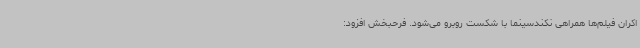
اکران فیلم‌ها همراهی نکندسینما با شکست روبرو می‌شود. فرحبخش افزود: